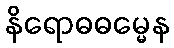
နိရောဓဓမ္မေန